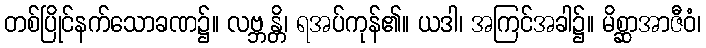
တစ်ပြိုင်နက်သောခဏ၌။ လဗ္ဘန္တိ၊ ရအပ်ကုန်၏။ ယဒါ၊ အကြင်အခါ၌။ မိစ္ဆာအာဇီဝံ၊